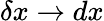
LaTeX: \delta x\rightarrow dx